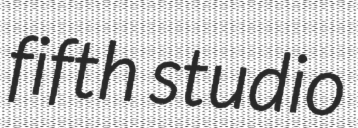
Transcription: fifth studio